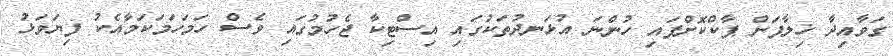
ގަވާއިދާ ޚިލާފަށް ޕާކްކޮށްފައި ހުންނަ އުޅަނދުތަކުގައި އިސްޓިކާ ޖެހުމުގައި ވެސް ހަމަހަމަކަމާއެކު ފިޔަވަޅު